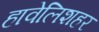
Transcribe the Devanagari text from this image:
हावेलिशहर